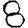
Digit: 8